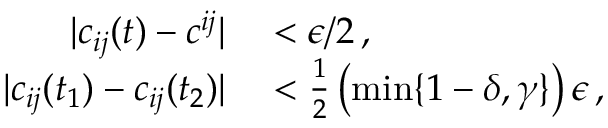
\begin{array} { r l } { | c _ { i j } ( t ) - c ^ { i j } | } & { { } < \epsilon / 2 \, , } \\ { | c _ { i j } ( t _ { 1 } ) - c _ { i j } ( t _ { 2 } ) | } & { { } < \frac { 1 } { 2 } \left( \operatorname* { m i n } \{ 1 - \delta , \gamma \} \right) \epsilon \, , } \end{array}